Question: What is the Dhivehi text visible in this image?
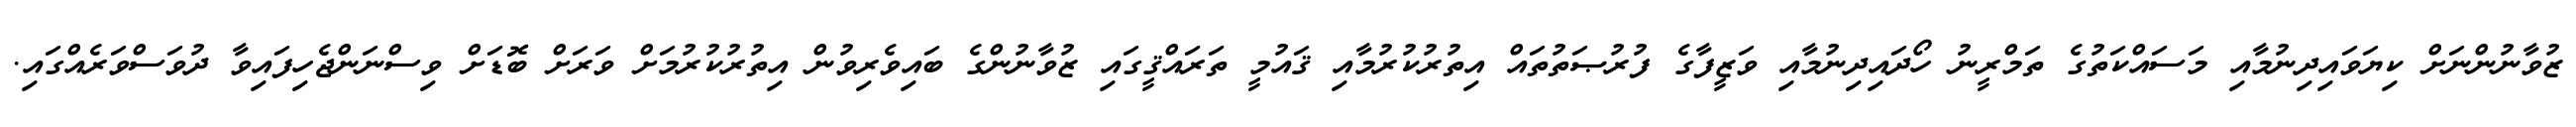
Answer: ޒުވާނުންނަށް ކިޔަވައިދިނުމާއި މަސައްކަތުގެ ތަމްރީނު ހޯދައިދިނުމާއި ވަޒީފާގެ ފުރުޞަތުތައް އިތުރުކުރުމާއި ޤައުމީ ތަރައްޤީގައި ޒުވާނުންގެ ބައިވެރިވުން އިތުރުކުރުމަށް ވަރަށް ބޮޑަށް ވިސްނަންޖެހިފައިވާ ދުވަސްވަރެއްގައި.